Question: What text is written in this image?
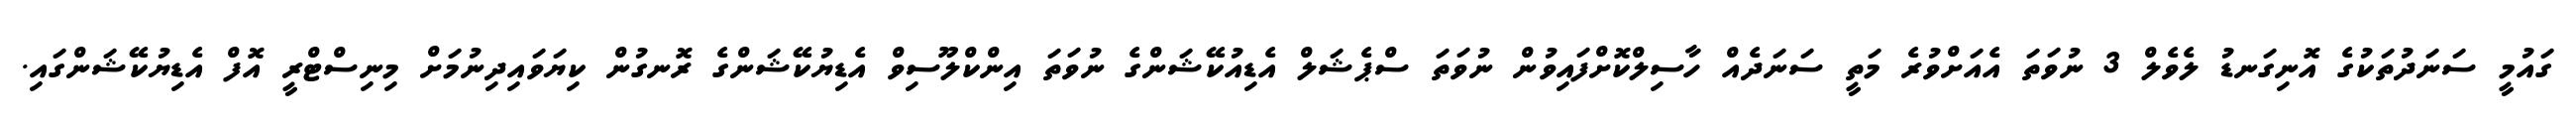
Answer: ގައުމީ ސަނަދުތަކުގެ އޮނިގަނޑު ލެވެލް 3 ނުވަތަ އެއަށްވުރެ މަތީ ސަނަދެއް ހާސިލްކޮށްފައިވުން ނުވަތަ ސްޕެޝަލް އެޑިއުކޭޝަންގެ ނުވަތަ އިންކްލޫސިވް އެޑިޔުކޭޝަންގެ ރޮނގުން ކިޔަވައިދިނުމަށް މިނިސްޓްރީ އޮފް އެޑިޔުކޭޝަންގައި.